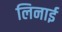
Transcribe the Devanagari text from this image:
लिनाई